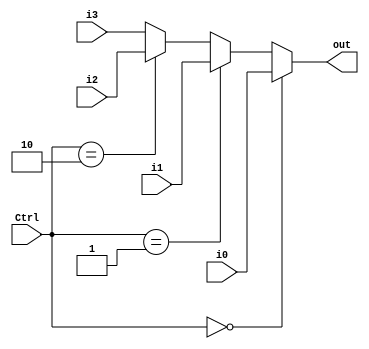
`timescale 1ns/1ps
module MUX32_4 (
    input [1:0] Ctrl,
    input [31:0] i0,
    input [31:0] i1,
    input [31:0] i2,
    input [31:0] i3,
    output [31:0] out
);
    assign out = (Ctrl == 2'b00) ? i0 : (Ctrl == 2'b01) ? i1 : (Ctrl == 2'b10) ? i2 : i3;

endmodule